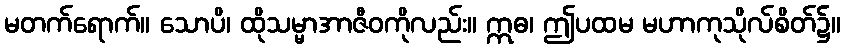
မတက်ရောက်။ သောပိ၊ ထိုသမ္မာအာဇီဝကိုလည်း။ ဣဓ၊ ဤပထမ မဟာကုသိုလ်စိတ်၌။